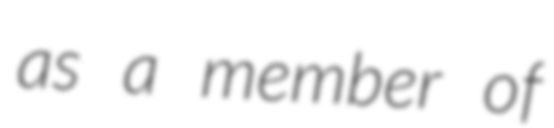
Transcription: as a member of